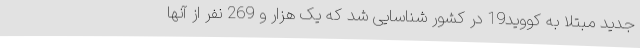
جدید مبتلا به کووید19 در کشور شناسایی شد که یک هزار و 269 نفر از آنها